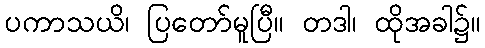
ပကာသယိ၊ ပြတော်မူပြီ။ တဒါ၊ ထိုအခါ၌။